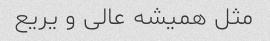
مثل همیشه عالی و یریع